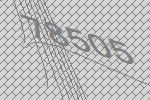
78505